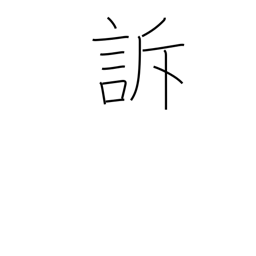
Meaning: complain of pain